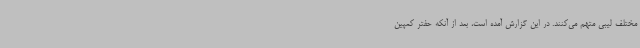
مختلف لیبی متهم می‌کنند. در این گزارش آمده است، بعد از آنکه حفتر کمپین